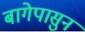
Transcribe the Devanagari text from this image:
बागेपासुन